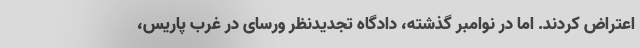
اعتراض کردند. اما در نوامبر گذشته، دادگاه تجدیدنظر ورسای در غرب پاریس،